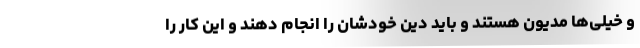
و خیلی‌ها مدیون هستند و باید دین خودشان را انجام دهند و این کار را